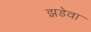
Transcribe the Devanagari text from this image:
झडेवा